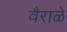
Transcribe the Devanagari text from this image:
वैराळे